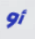
أو